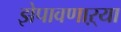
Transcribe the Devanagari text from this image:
झेपावणाऱ्या